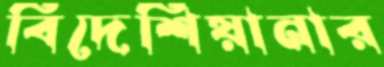
বিদেশিয়ানার